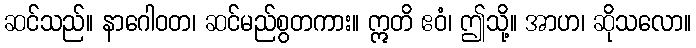
ဆင်သည်။ နာဂေါဝတ၊ ဆင်မည်စွတကား။ ဣတိ ဧဝံ၊ ဤသို့။ အာဟ၊ ဆိုသလော။